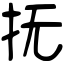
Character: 抚